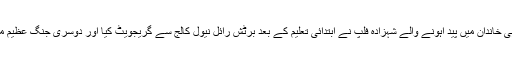
10 جون 1921 میں برطانیہ کے شاہی خاندان میں پید اہونے والے شہزادہ فلپ نے ابتدائی تعلیم کے بعد برٹش رائل نیول کالج سے گریجویٹ کیا اور دوسری جنگ عظیم میں برطانیہ کے لیے خدمات انجام دیں۔